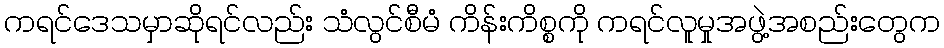
ကရင်ဒေသမှာဆိုရင်လည်း သံလွင်စီမံ ကိန်းကိစ္စကို ကရင်လူမှုအဖွဲ့အစည်းတွေက